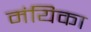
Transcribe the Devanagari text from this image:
मंयिका